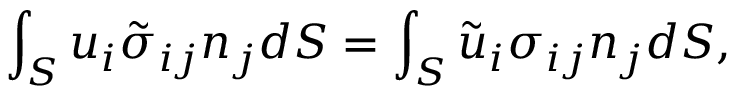
\int _ { S } u _ { i } \tilde { \sigma } _ { i j } n _ { j } d S = \int _ { S } \tilde { u } _ { i } \sigma _ { i j } n _ { j } d S ,